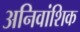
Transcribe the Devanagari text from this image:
अनिवांशिक